Indian journal of veterinary science and animal husbandry - Volumes 18-21, 1948-1951
Year: 1948
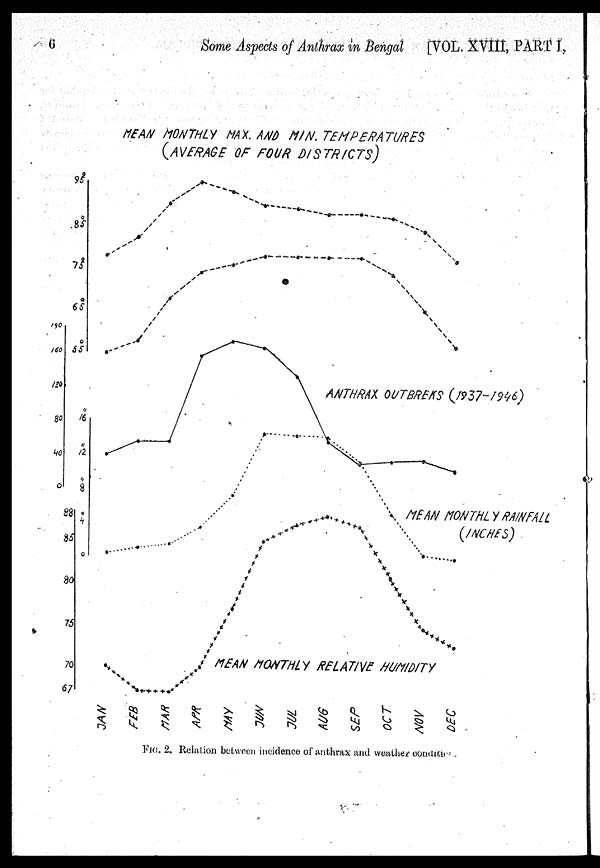
6
Some Aspects of Anthrax in Bengal [VOL. XVIII, PART I,
FIG. 2. Relation between incidence of anthrax and weather condition